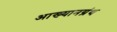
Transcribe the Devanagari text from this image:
आख्यानग्रंथ